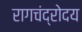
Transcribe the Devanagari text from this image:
रागचंद्रोदय